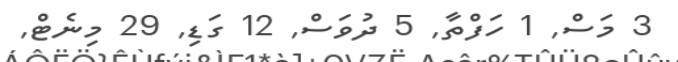
3 މަސް